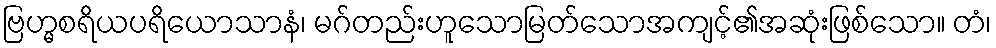
ဗြဟ္မစရိယပရိယောသာနံ၊ မဂ်တည်းဟူသောမြတ်သောအကျင့်၏အဆုံးဖြစ်သော။ တံ၊